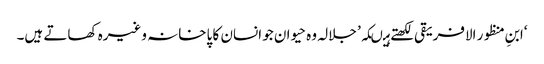
‘ابنِ منظور الافریقی لکھتے ہیںکہ’ جلالہ وہ حیوان جو انسان کا پاخانہ وغیرہ کھاتے ہیں۔